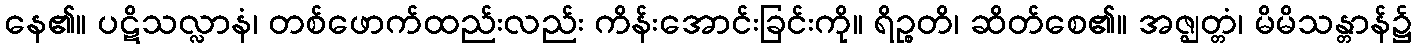
နေ၏။ ပဋိသလ္လာနံ၊ တစ်ဖောက်ထည်းလည်း ကိန်းအောင်းခြင်းကို။ ရိဉ္စတိ၊ ဆိတ်စေ၏။ အဇ္ဈတ္တံ၊ မိမိသန္တာန်၌